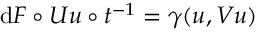
\mathrm { d } F \circ U u \circ t ^ { - 1 } = \gamma ( u , \boldsymbol { V } u )